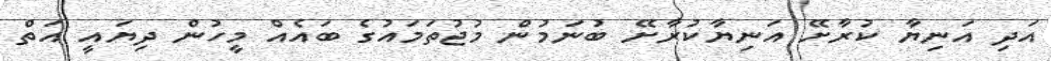
އަދި އަނިޔާ ކުރާށޭ އަނިޔާކުރާށޭ ބުނަމުން މުޖުތަމައުގެ ބައެއް މީހުން ދިޔައީ އަތް